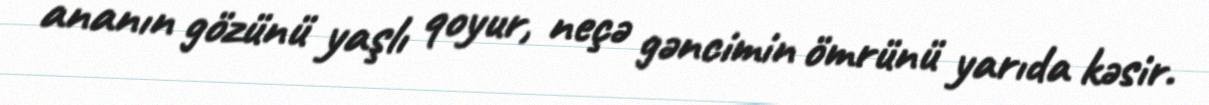
ananın gözünü yaşlı qoyur, neçə gəncimin ömrünü yarıda kəsir.